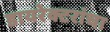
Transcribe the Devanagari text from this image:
डायरेक्टरांचा